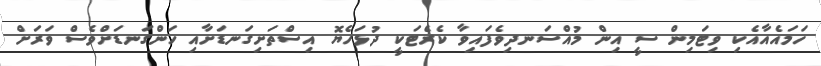
ހަމައެއާއެކި ވިޓަމިން ސީ އިން މުއްސަނދިވެފައިވާ ކެރެޓަކީ ދުޅަހެޔޮ އިސްތަށިގަނޑަށާއި ހަންގަނޑަށްވެސް ވަރަށް